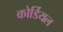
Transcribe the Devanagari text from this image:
कोर्डियल